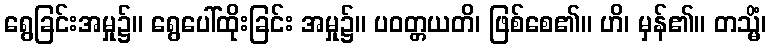
ရွေခြင်းအမှု၌။ ရွေပေါ်ထိုးခြင်း အမှု၌။ ပဝတ္တယတိ၊ ဖြစ်စေ၏။ ဟိ၊ မှန်၏။ တသ္မိံ၊